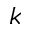
k